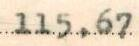
115,67